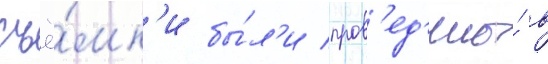
съё́мк'и бы́л'и пров'ед'ены́ в